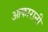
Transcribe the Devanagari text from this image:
आकारानी